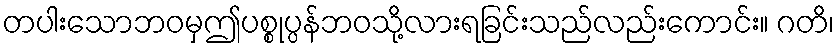
တပါးသောဘဝမှဤပစ္စုပ္ပန်ဘဝသို့လားရခြင်းသည်လည်းကောင်း။ ဂတိ၊